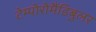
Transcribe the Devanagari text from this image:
टेम्पोरोमैंडिबुलर